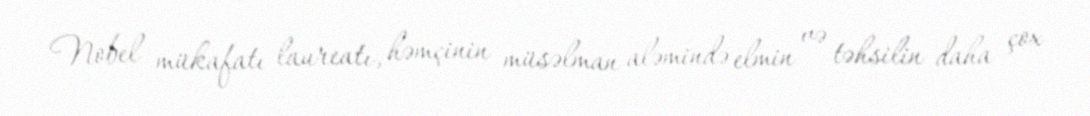
Nobel mükafatı laureatı, həmçinin müsəlman aləmində elmin və təhsilin daha çox